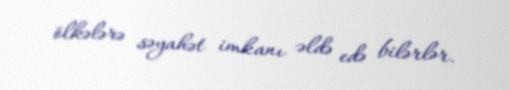
ölkələrə səyahət imkanı əldə edə bilərlər.